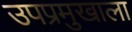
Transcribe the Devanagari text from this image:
उपप्रमुखाला